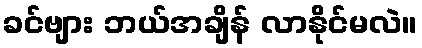
ခင်ဗျား ဘယ်အချိန် လာနိုင်မလဲ။